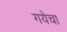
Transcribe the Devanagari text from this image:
गयेचा